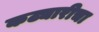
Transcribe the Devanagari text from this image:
कट्यारीचा